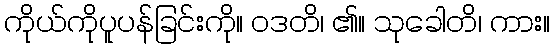
ကိုယ်ကိုပူပန်ခြင်းကို။ ဝဒတိ၊ ၏။ သုခေါတိ၊ ကား။